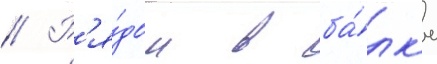
// Р'я́дом в ба́лк'е